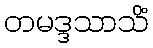
တမဒ္ဒသာသိံ